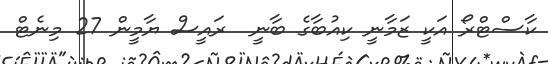
ކާސްޓްރޯ އަކީ ޒަމާނީ ކިއުބާގެ ބާނީ  ރައީސް ޔާމީން 27 މިނެޓް